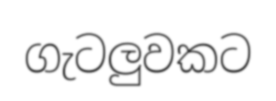
ගැටලුවකට